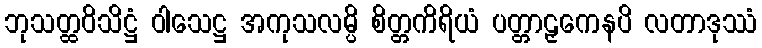
ဘုသတ္ထဝိသိဋ္ဌံ ဝါသေဋ္ဌ အကုသလမ္ပိ စိတ္တကိရိယံ ပတ္တာဠှကေနပိ လတာဒုဿံ